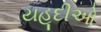
યહૂદીઓ